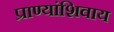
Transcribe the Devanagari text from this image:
प्राण्यांशिवाय